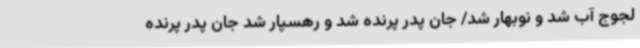
لجوج آب شد و نوبهار شد/ جان پدر پرنده شد و رهسپار شد جان پدر پرنده